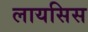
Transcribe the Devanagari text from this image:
लायसिस